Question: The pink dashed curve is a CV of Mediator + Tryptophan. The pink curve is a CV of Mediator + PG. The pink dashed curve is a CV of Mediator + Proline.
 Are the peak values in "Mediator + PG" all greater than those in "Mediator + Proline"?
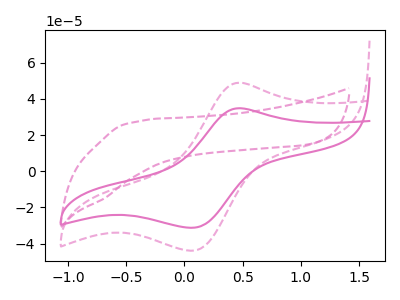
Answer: <think>The pink dashed curve "Mediator + Tryptophan" has no peaks. The pink curve "Mediator + PG" has an anodic peak at (0.45V, 34.80uA) and a cathodic peak at (0.05V, -31.30uA). The pink dashed curve "Mediator + Proline" has an anodic peak at (0.45V, 48.95uA) and a cathodic peak at (0.05V, -44.00uA).</think>
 <answer>Every peak in "Mediator + PG" is lower than every peak in "Mediator + Proline".</answer>
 <eval>lower</eval>